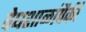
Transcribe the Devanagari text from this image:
वेधशाळांपैकी